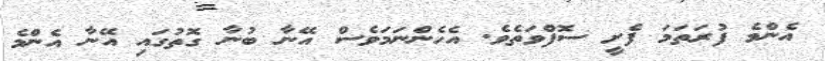
އެންމެ ފުރަތަމަ ފެށީ ސޮފްވަތެވެ. އެހެންނަމަވެސް އޭނާ ބުނާ ގޮތުގައި އޭނާ އެންމެ